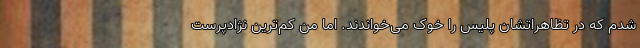
شدم که در تظاهراتشان پلیس را خوک می‌خواندند. اما من کم‌ترین نژادپرست